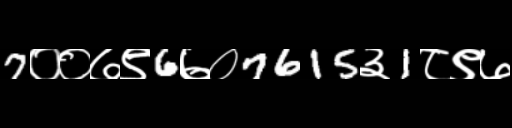
Text: 7००७९6७०7615३1८९७